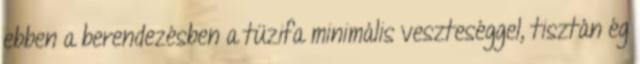
ebben a berendezésben a tüzifa minimális veszteséggel, tisztán ég